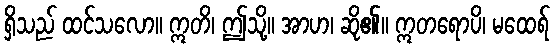
ရှိသည် ထင်သလော။ ဣတိ၊ ဤသို့။ အာဟ၊ ဆို၏။ ဣတရောပိ၊ မထေရ်